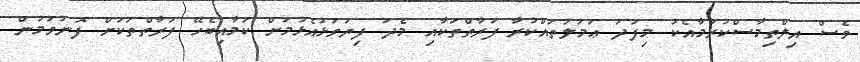
ވެސް އިލްތިމާސްކުރުމާއެކު މިފަދަ ޢަމަލުތައްކުރާ ފަރާތްތަކާއި މެދު ފިޔަވަޅުއެޅުމަށް ކަމާއިބެހޭ ފަރާތްތަކަށް ފޮނުވަމުން